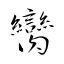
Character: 臠